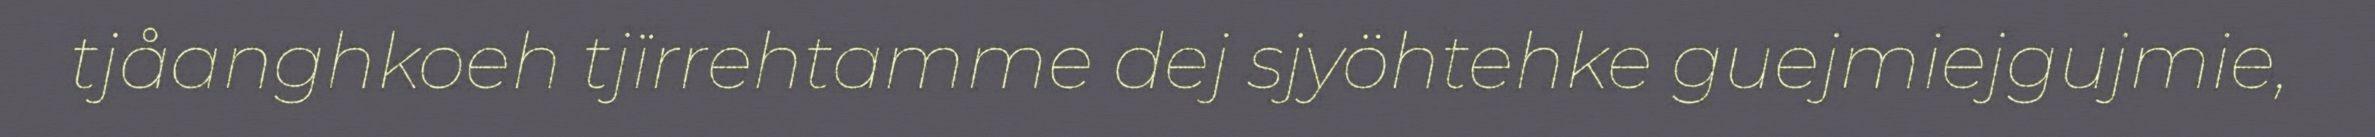
tjåanghkoeh tjïrrehtamme dej sjyöhtehke guejmiejgujmie,